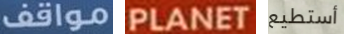
مواقف PLANET أستطيع